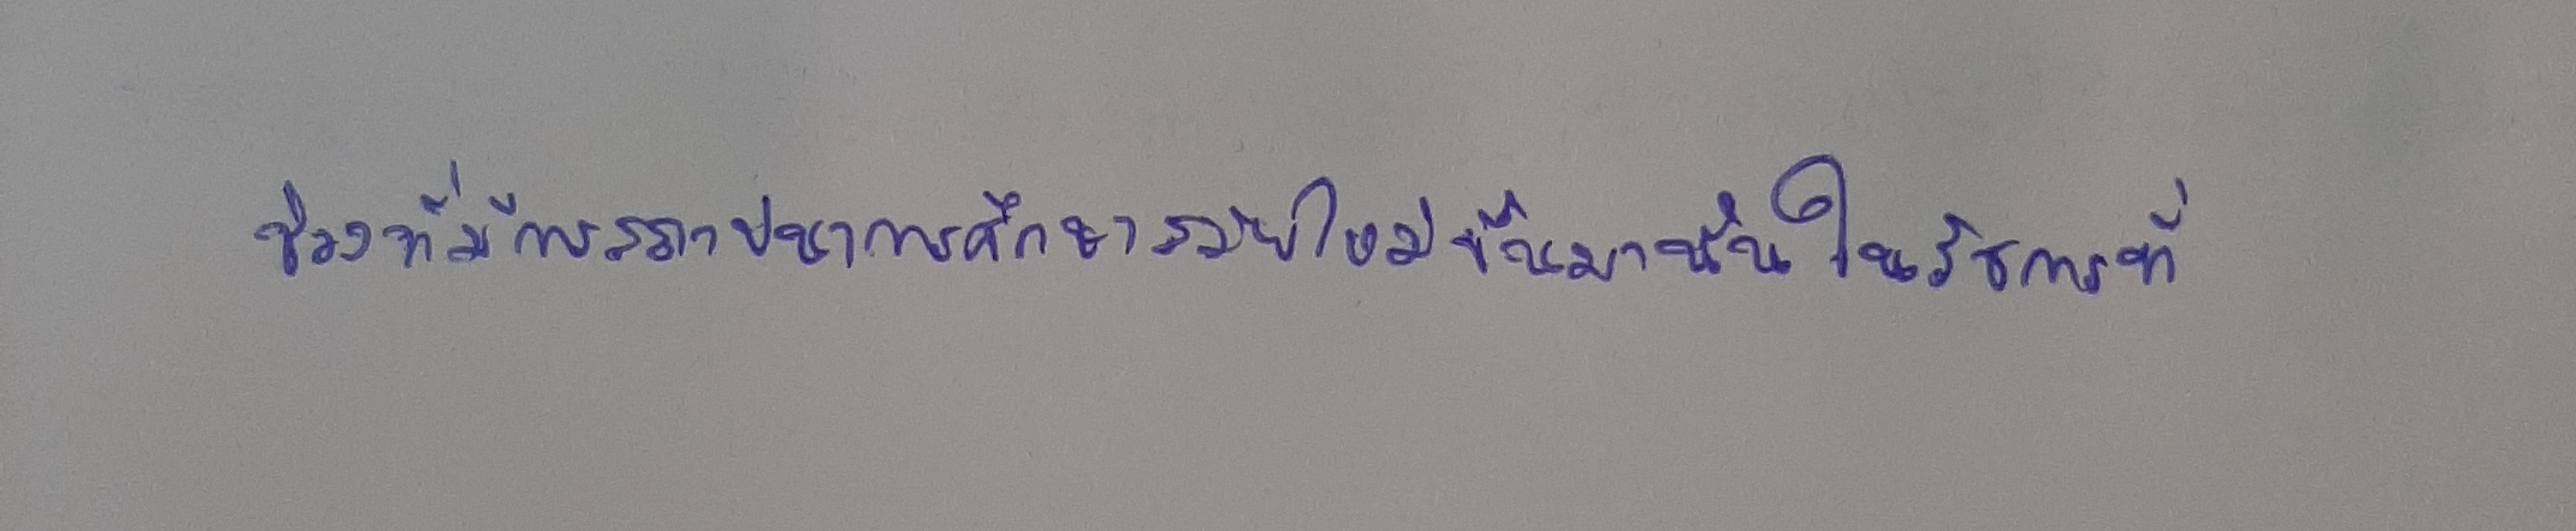
ช่วงที่มีการสถาปนาการศึกษาสมัยใหม่ขึ้นมานั้นในรัชการที่